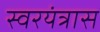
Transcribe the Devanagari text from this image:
स्वरयंत्रास